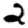
Digit: 2